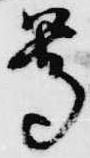
尊